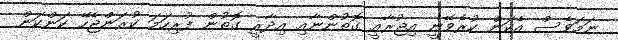
ނަމަވެސް އެކަން ކުރެވޭނީ އިޖުރާއީ ގޮތުންނާއި އިދާރީ ގޮތުން ފުރިހަމަ ކުރަންޖެހޭ ކަންކަން